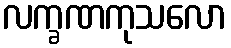
လက္ခဏကုသလော